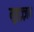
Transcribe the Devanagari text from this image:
मुहज़्ज़ब